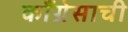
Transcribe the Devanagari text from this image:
काँग्रेसाची